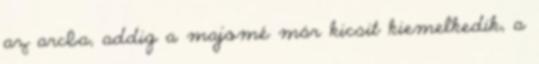
az arcba, addig a majomé már kicsit kiemelkedik, a